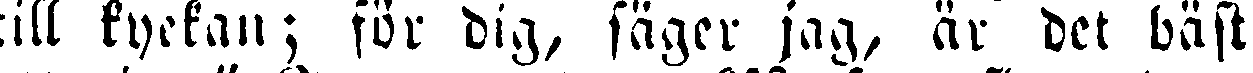
till kyrkan; för dig, säger jag, är det bäst